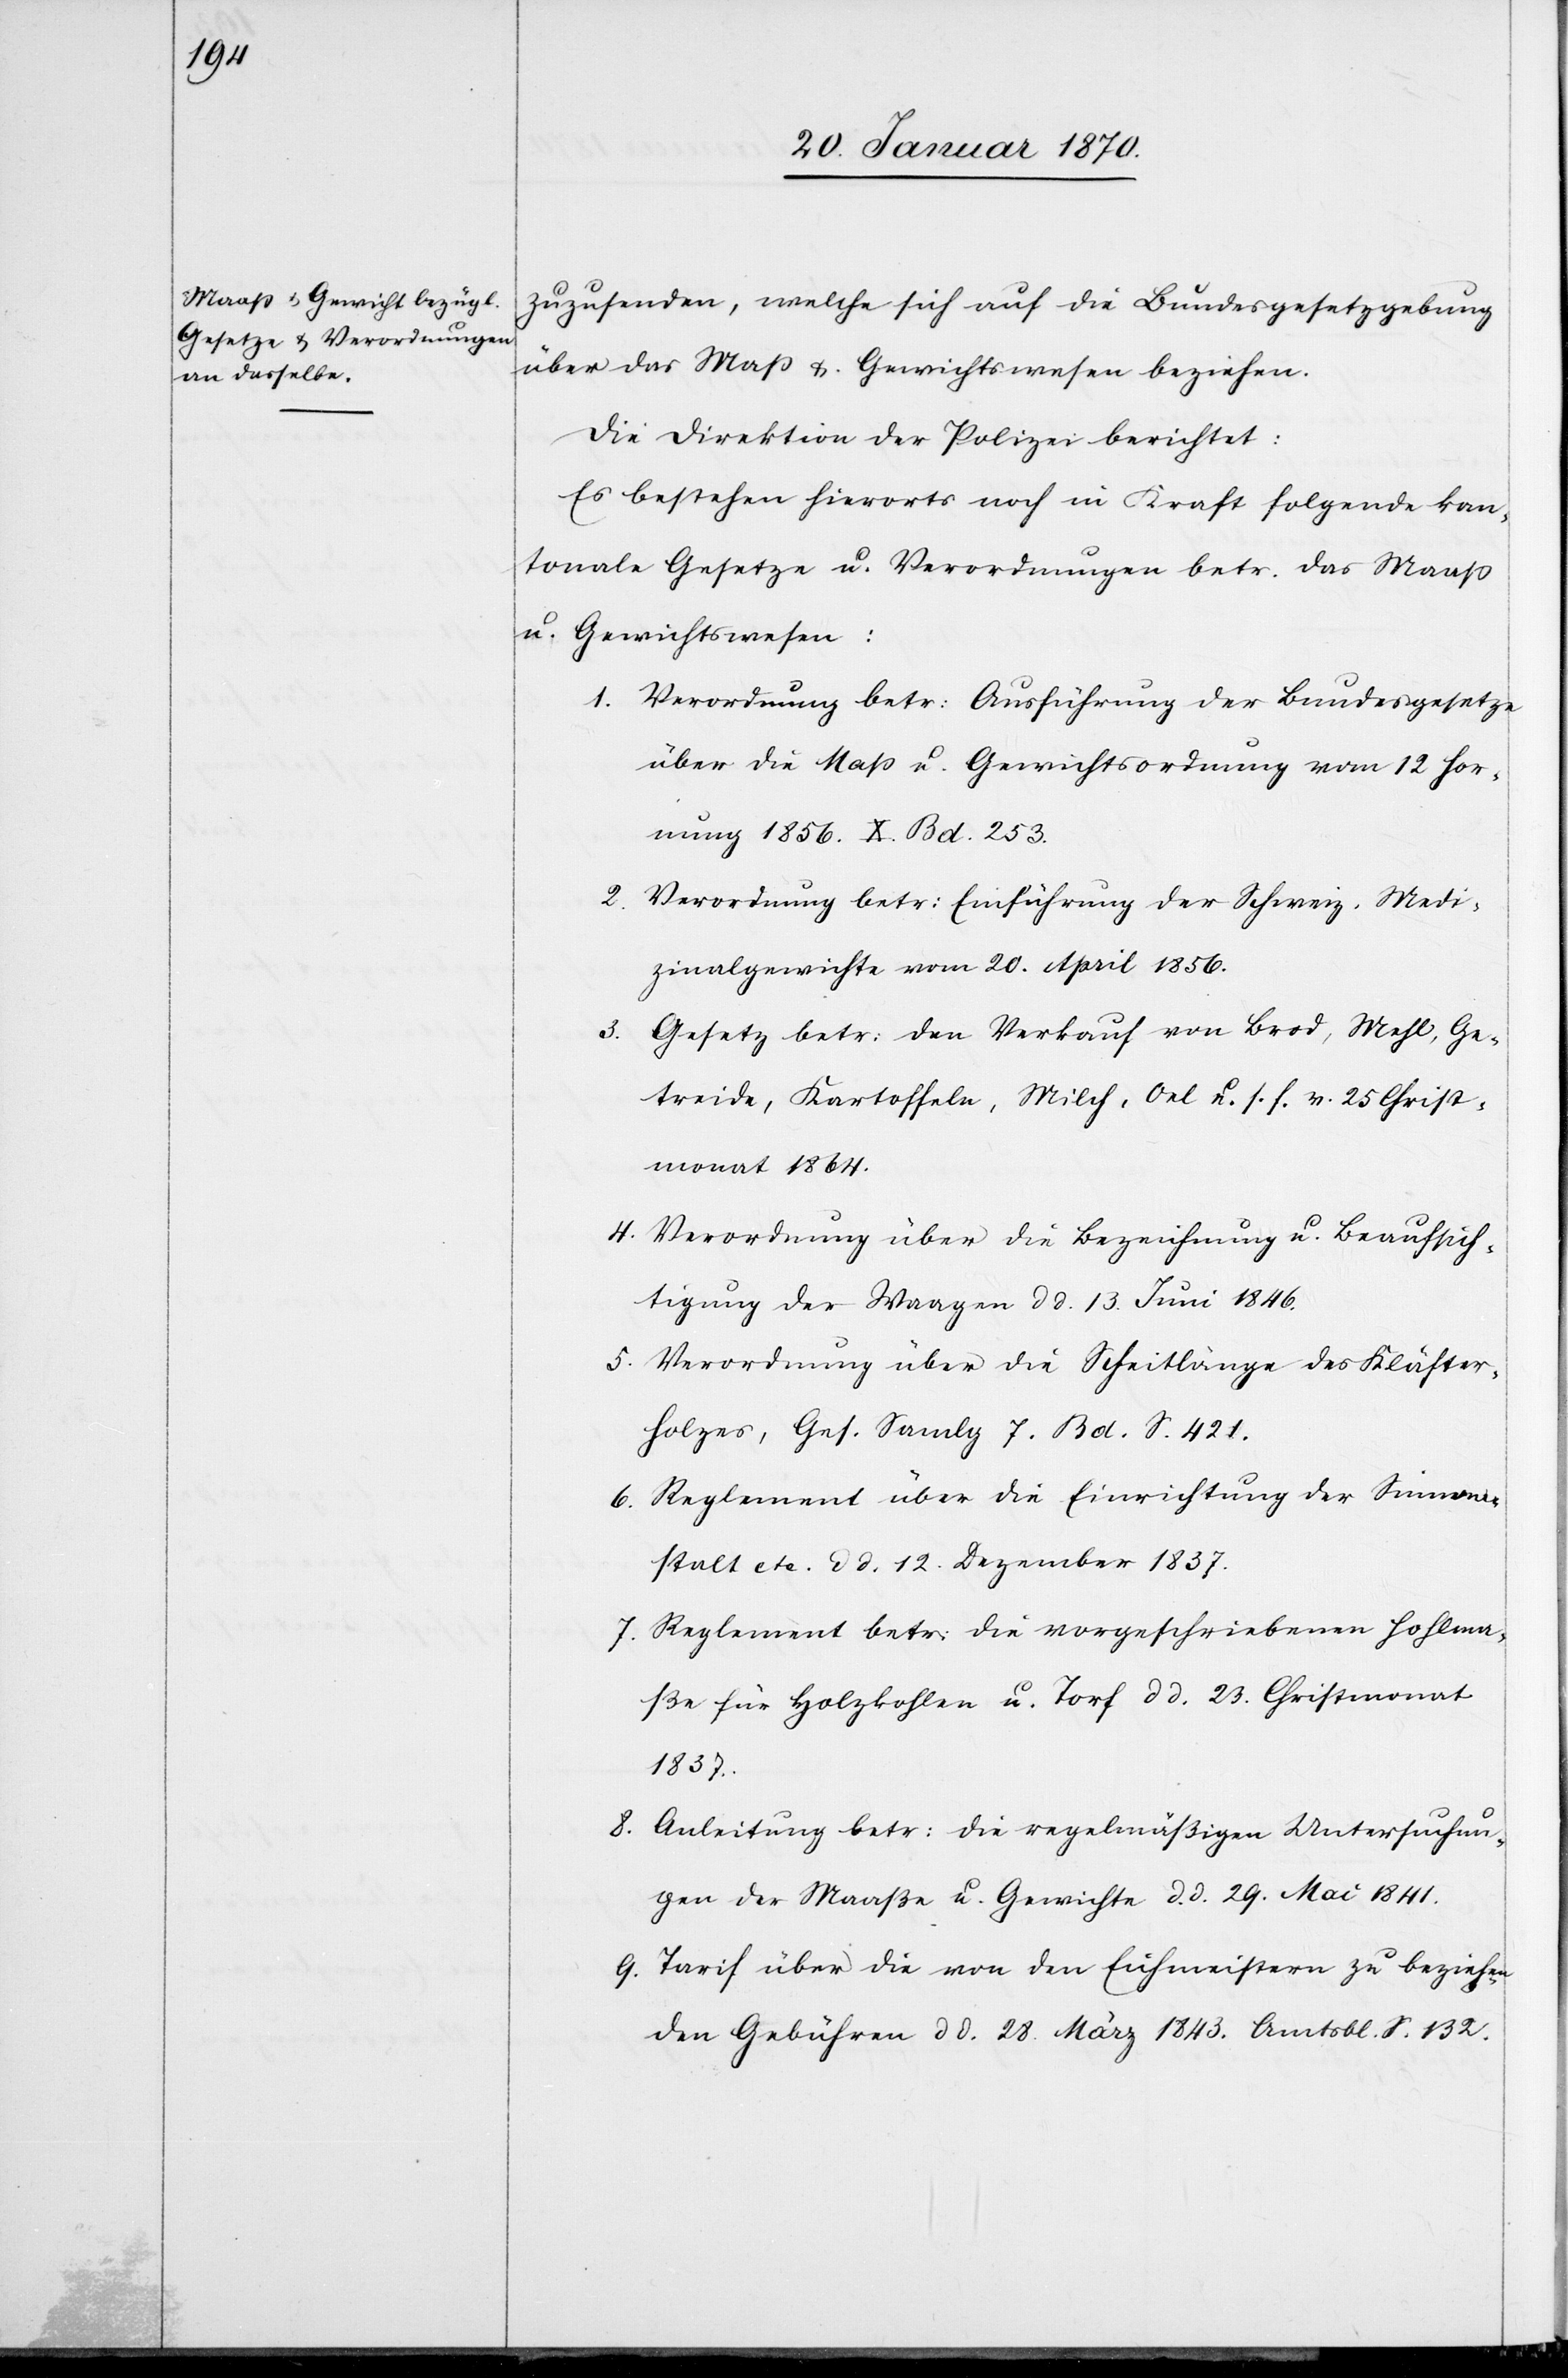
zuzusenden, welche sich auf die Bundesgesetzgebung
über das Maß[-] u. Gewichtswesen beziehen.
Die Direktion der Polizei berichtet:
Es bestehen hierorts noch in Kraft folgende kan¬
tonale Gesetze u. Verordnungen betr. das Maaß[-]
u. Gewichtswesen:
1. Verordnung betr: Ausführung der Bundesgesetze
über die Maß[-] u. Gewichtsordnung vom 12 Hor¬
nung 1856. X. Bd. 253.
2. Verordnung betr: Einführung der Schweiz. Medi¬
zinalgewichte vom 20. April 1856.
3.
Gesetz betr: den Verkauf von Brod, Mehl, Ge¬
treide, Kartoffeln, Milch, Oel u. s. f. v. 25 Christ¬
monat 1864.
4. Verordnung über die Bezeichnung u. Beaufsich¬
tigung der Waagen dd. 13. Juni 1846.
5. Verordnung über die Scheitlänge des Kläfter¬
holzes, Ges. Samlg 7. Bd. S. 421.
6. Reglement über die Einrichtung der Sinnan¬
stalt etc. dd. 12 Dezember 1837.
7. Reglement betr: die vorgeschriebenen Hohlma¬
ße für Holzkohlen u. Torf dd. 23. Christmonat
1837.
8. Anleitung betr: die regelmäßigen Untersuchun¬
gen der Maaße u. Gewichte d. d. 29. Mai 1841.
9. Tarif über die von den Eichmeistern zu beziehen¬
den Gebühren dd. 28. März 1843. Amtsbl. S. 132.